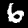
Digit: 6